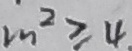
m ^ { 2 } \geq 4